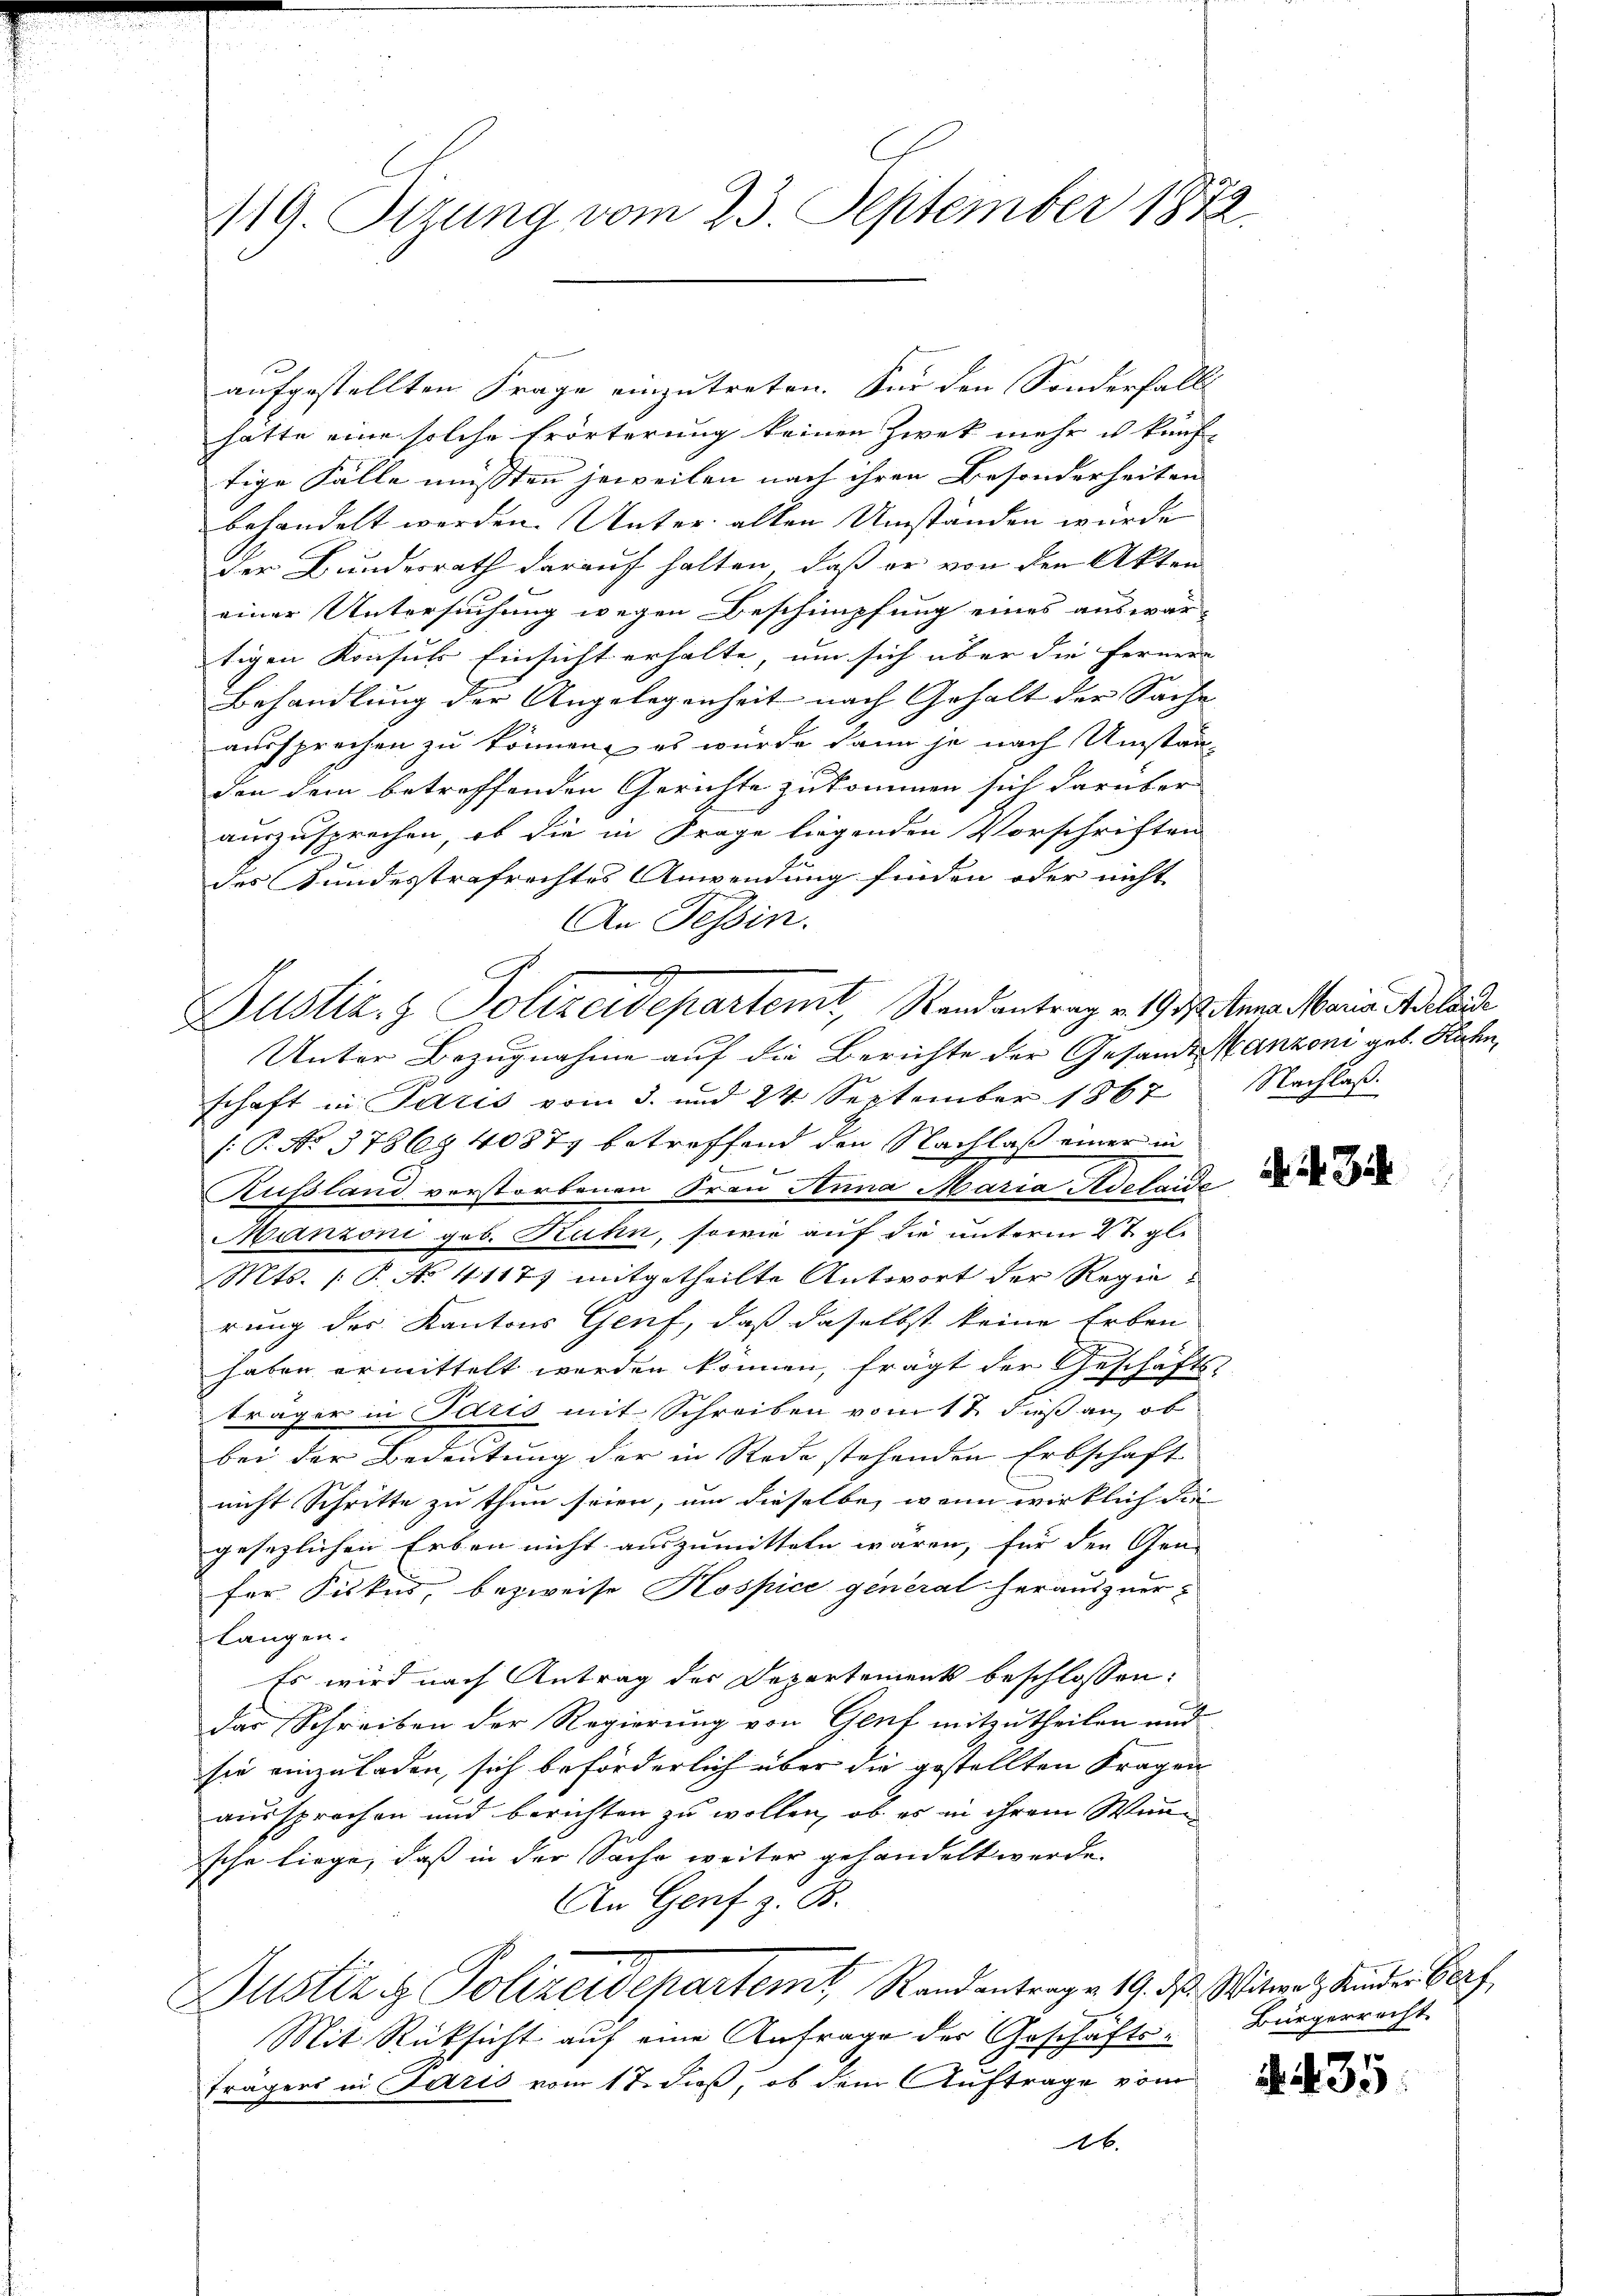
119. Sezung vom 23. September 1872

aufgestellten Frage einzutreten. Für den Sonderfalls
hatte eine solche Erörterung keinen Zweck mehr u künf-
tige Fälle müssten jeweilen nach ihren Besonderheiten
behandelt werden. Unter alten Umständen würde
der Bundesrath darauf halten, daß er von den Akten
einer Untersuchung wegen Beschimpfung eines auswär-
tigen Konsuls Einsicht erhalte, um sich über die Fernere
Behandlung der Angelegenheit nach Gehalt der Sache |
aussprechen zu können, es wurde dann je nach Umstän-
den dem betreffenden Gerichte zukommen sich darüber
auszusprechen, ob die in Frage liegenden Vorschriften
des Bundesstrafrechtes Anwendung finden oder nicht
An Tessin.
Unter Bezugnahme auf die Berichte der Gesandes Kanzoni geb. Rahn,
schaft in Paris vom 3. und 24 September 1867
/.P. No 37869 40871 betroffend den Nachlaß einer in

Russland verstorbenen Frau Anna Maria Adelaide
Manzoni gob. Rahn, sowie auf die unterm 4t gle
Mts. (: P. No. 4117) mitgetheilte Antwort der Regierung des Kantons Genf, daß daselbst keine Erben
haben ermittelt werden können, frägt der Geschäftsträger in Paris mit Schreiben vom 17. dieß an, ob
bei der Bedeutung der in Rede stehenden Erbschaft
nicht Schritte zu thun seien, um dieselbe, wenn wirklich die
gesezlichen Erben nicht auszumitteln wären, für den Gene
fer Silkes, bezweife Kospice general herauszuer¬
Langen.
Es wird nach Antrag des Departements beschlossen:
das Schreiben der Regierung von Genf mitzutheilen und
sie einzuladen, sich beförderlich über die gestellten Fragen
aussprochen und berichten zu wollen, ob es in ihrem Wunsche liege, daß in der Sache weiter gehandelt werde.
An Genf z. B.
Justiz & Polizeidepartemt, Randantrage 19. ds. Witwe Kinder Verz
Mit Rücksicht auf eine Anfrage des Geschäfts¬
Trägers in Paris vom 17. dieß, ob dem Auftrage vom
2.

Justiz- & Polizeidepartemt, Randantrag v. 19. Anna Maria Anlande

Nachlaß.

d. i. Sch

Bürgerrecht

435